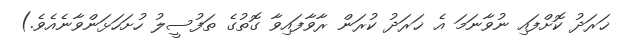
ޚަރަދު ކޮށްފައި ނުވާނަމަ އެ ޚަރަދު ކުރަން ރާވާފައިވާ ގޮތުގެ ތަފުސީލު ހުށަހަޅަންވާނެއެވެ.)